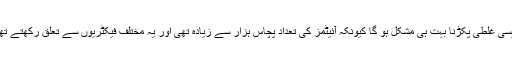
تو ایسی غلطی پکڑنا بہت ہی مشکل ہو گا کیونکہ آئیٹمز کی تعداد پچاس ہزار سے زیادہ تھی اور یہ مختلف فیکٹریوں سے تعلق رکھتے تھے ۔